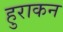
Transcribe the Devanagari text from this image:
हुराकन